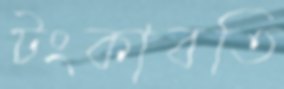
টংকাবতি